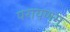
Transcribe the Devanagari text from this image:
परायणम्